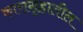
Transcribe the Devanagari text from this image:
कारागृहातील